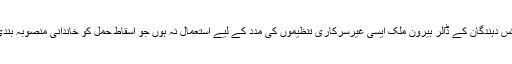
ریگن دور میں جاری کیا گیا یہ حکم نامہ اس بات کو یقینی بناتا ہے کہ ٹیکس دہندگان کے ڈالر بیرون ملک ایسی غیرسرکاری تنظیموں کی مدد کے لیے استعمال نہ ہوں جو اسقاط حمل کو خاندانی منصوبہ بندی کے طریقے کے طور پر کام میں لاتی یا عملاً اس کی حمایت کرتی ہیں۔